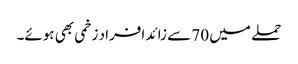
حملے میں 70 سے زائد افراد زخمی بھی ہوئے۔